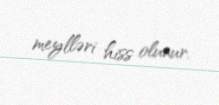
meylləri hiss olunur.